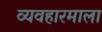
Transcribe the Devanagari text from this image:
व्यवहारमाला